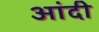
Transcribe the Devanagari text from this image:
आंदी